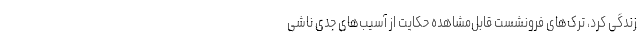
زندگی کرد، ترک‌های فرونشست قابل‌مشاهده حکایت از آسیب‌های جدی ناشی